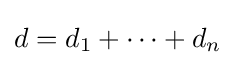
d=d_{1}+\cdots +d_{n}